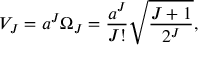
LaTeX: V _ { J } = a ^ { J } \Omega _ { J } = { \frac { a ^ { J } } { J ! } } \sqrt { \frac { J + 1 } { 2 ^ { J } } } ,